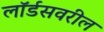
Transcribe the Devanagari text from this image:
लॉर्डसवरील